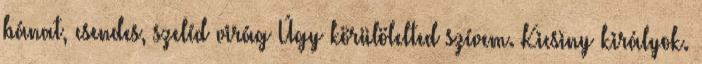
bánat, csendes, szelíd virág Úgy körülölelted szívem. Kicsiny királyok.